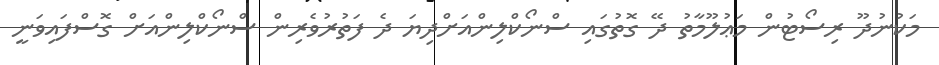
މަކުނުދޫ ރިސޯޓުން މަޢުލޫމާތު ދޭ ގޮތުގައި ސްނޯކްލިންއަށްދިޔަ ދެ ފަތުރުވެރިން ސްނޯކްލިންއަށް ގޮސްފައިވަނީ